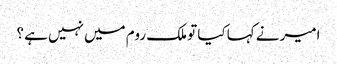
امیر نے کہا کیا تو ملک روم میں نہیں ہے ؟